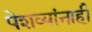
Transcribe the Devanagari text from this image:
पेशव्यांनाही